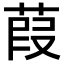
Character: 葭